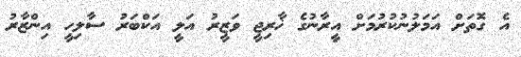
އެ ގޮތަށް އަމަލުނުކުރުމަށް އީރާނުގެ ޚާރިޖީ ވަޒީރު އަލީ އަކްބަރު ސާލިހީ އިންޒާރު